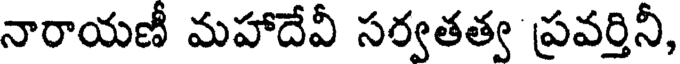
నారాయణీ మహాదేవీ సర్వతత్వ ప్రవర్తినీ,